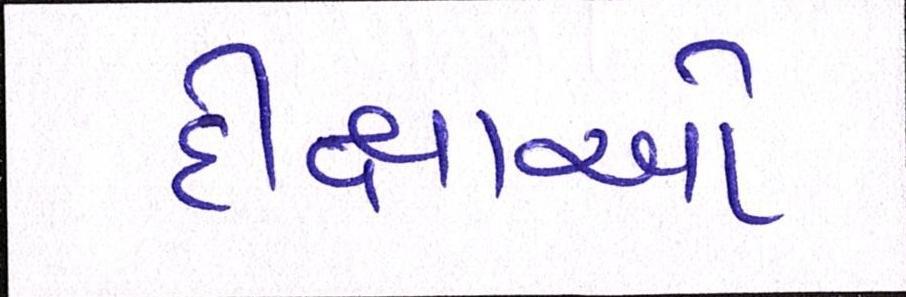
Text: દીક્ષાઓ